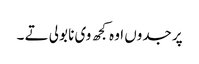
پر جدوں اوہ کجھ وی نا بولی تے ۔